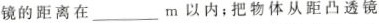
镜的距离在___ m以内；把物体从距凸透镜